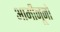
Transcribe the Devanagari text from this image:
आमीनूनो